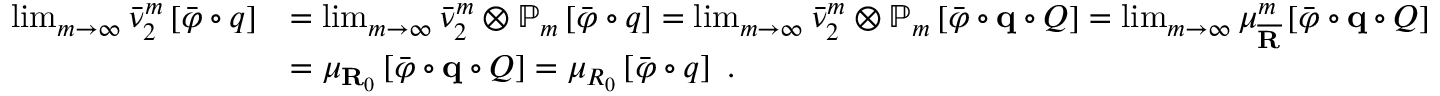
\begin{array} { r l } { \operatorname* { l i m } _ { m \rightarrow \infty } \bar { \nu } _ { 2 } ^ { m } \left[ \bar { \varphi } \circ q \right] } & { = \operatorname* { l i m } _ { m \rightarrow \infty } \bar { \nu } _ { 2 } ^ { m } \otimes \mathbb { P } _ { m } \left[ \bar { \varphi } \circ q \right] = \operatorname* { l i m } _ { m \rightarrow \infty } \bar { \nu } _ { 2 } ^ { m } \otimes \mathbb { P } _ { m } \left[ \bar { \varphi } \circ \mathbf { q } \circ Q \right] = \operatorname* { l i m } _ { m \rightarrow \infty } \mu _ { \overline { { \mathbf { R } } } } ^ { m } \left[ \bar { \varphi } \circ \mathbf { q } \circ Q \right] } \\ & { = \mu _ { \mathbf { R } _ { 0 } } \left[ \bar { \varphi } \circ \mathbf { q } \circ Q \right] = \mu _ { R _ { 0 } } \left[ \bar { \varphi } \circ q \right] \ . } \end{array}